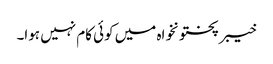
خیبر پختونخواہ میں کوئی کام نہیں ہوا۔